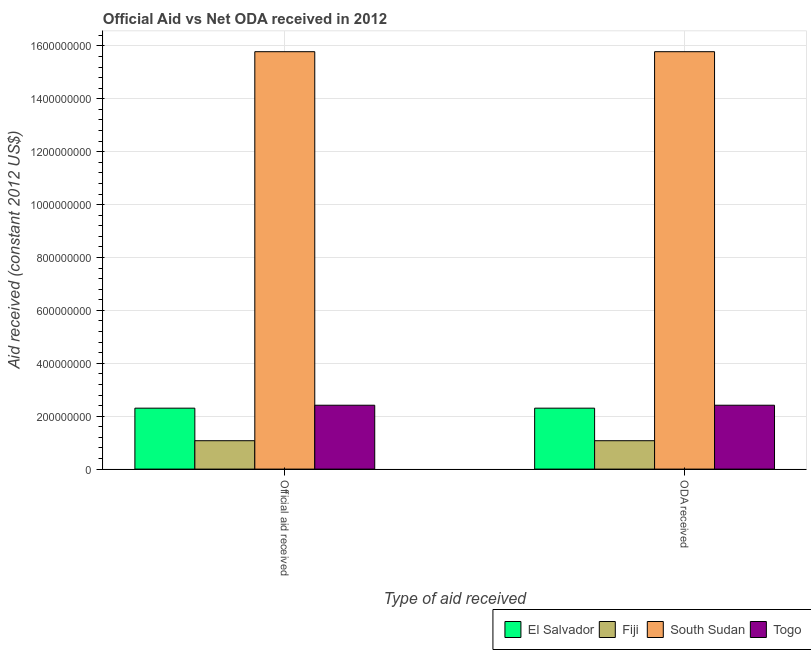
| Type of aid received | El Salvador | Fiji | South Sudan | Togo |
 | --- | --- | --- | --- | --- |
 | Official aid received | 2.3e+08 | 1.07e+08 | 1.58e+09 | 2.41e+08 |
 | ODA received | 2.3e+08 | 1.07e+08 | 1.58e+09 | 2.41e+08 |